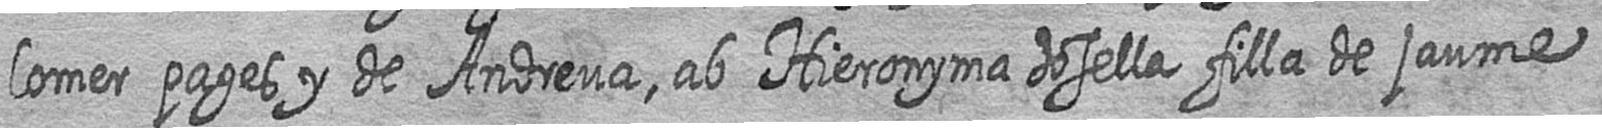
lomer pages y de Andreua ab Hieronyma dosella filla de jaume